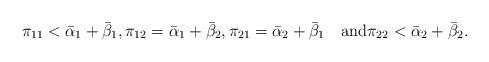
LaTeX: \begin{align*}\pi_{11} < \bar\alpha_1 + \bar\beta_1,\pi_{12} = \bar\alpha_1 + \bar\beta_2,\pi_{21} = \bar\alpha_2 + \bar\beta_1\quad\mbox{and}\pi_{22} < \bar\alpha_2 + \bar\beta_2.\end{align*}